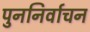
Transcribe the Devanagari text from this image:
पुननिर्वाचन